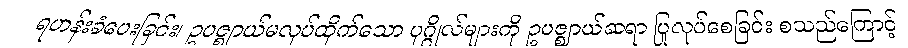
ရဟန်းခံပေးခြင်း၊ ဥပဇ္ဈာယ်မလုပ်ထိုက်သော ပုဂ္ဂိုလ်များကို ဥပဇ္ဈာယ်ဆရာ ပြုလုပ်စေခြင်း စသည်ကြောင့်